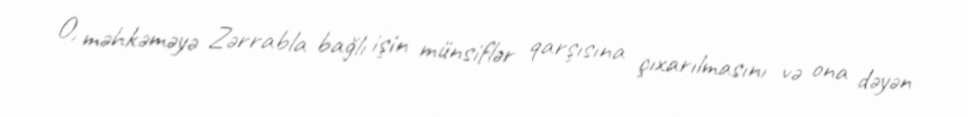
O, məhkəməyə Zərrabla bağlı işin münsiflər qarşısına çıxarılmasını və ona dəyən